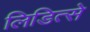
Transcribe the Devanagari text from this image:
लिडित्से